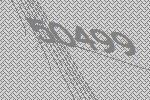
50499